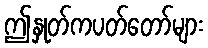
ဤနှုတ်ကပတ်တော်များ